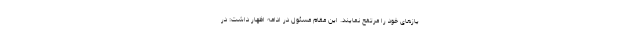
یازهای خود را مرتفع نمایند. این مقام مسئول در ادامه اظهار داشت: در